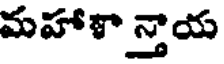
మహాళా న్తాయ